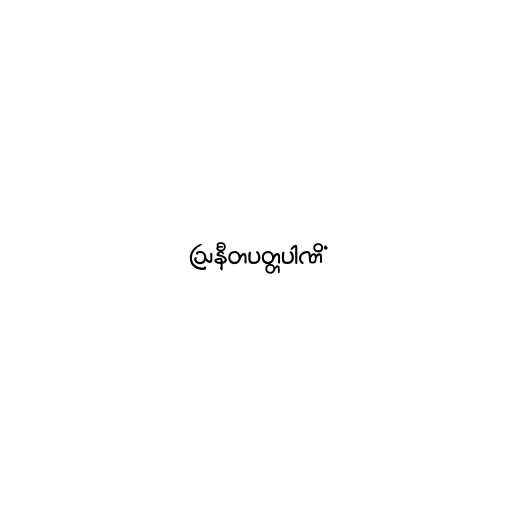
ဩနီတပတ္တပါဏိံ